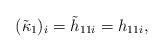
LaTeX: \begin{align*}(\tilde{\kappa}_1)_i=\tilde{h}_{11i}=h_{11i},\end{align*}